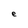
Character: e